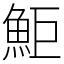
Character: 鮔